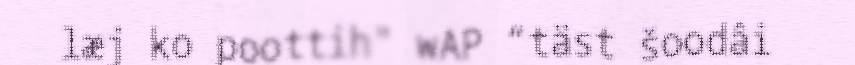
læj ko poottih" wAP “täst šoodâi